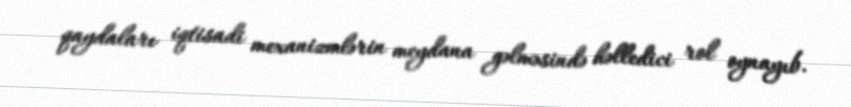
qaydaları iqtisadi mexanizmlərin meydana gəlməsində həlledici rol oynayıb.